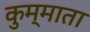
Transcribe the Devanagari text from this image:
कुम्माता